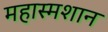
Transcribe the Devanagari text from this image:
महास्मशान